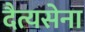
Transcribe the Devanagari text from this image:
दैत्यसेना